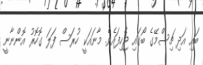
ބައި އަދި ޗިސްމޭގެ ބޯގައި ޖެހިފައެވެ. މާނައަކީ ހުރަސް ފަލަ ގޮހޮރު އޮންނާނީ